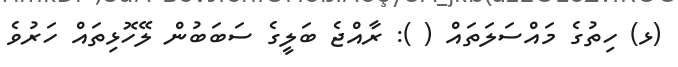
(ޅ) ހިތުގެ މައްސަލަތައް ( ): ރާއްޖެ ބަލީގެ ސަބަބުން ލޭހޮޅިތައް ހަރުވެ